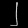
Digit: ၂